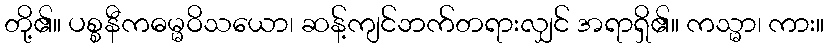
တို့၏။ ပစ္စနီကဓမ္မဝိသယော၊ ဆန့်ကျင်ဘက်တရားလျှင် အရာရှိ၏။ ကသ္မာ၊ ကား။